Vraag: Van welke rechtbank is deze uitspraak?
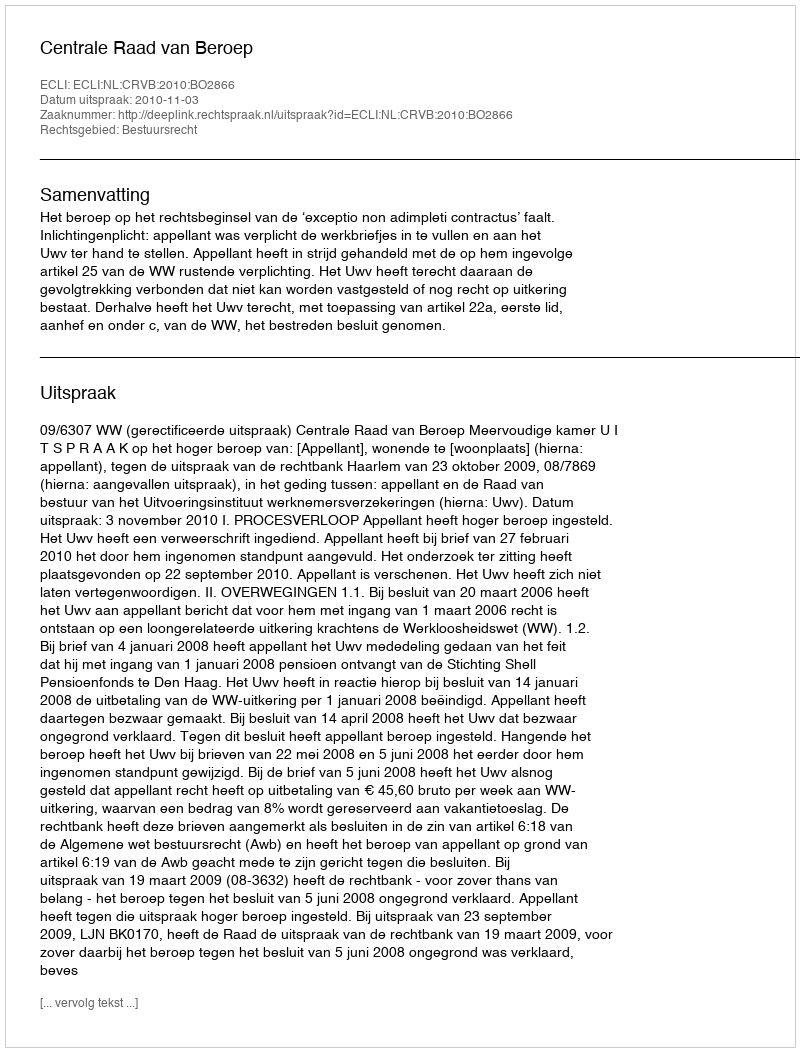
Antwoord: Centrale Raad van Beroep